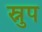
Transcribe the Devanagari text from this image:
स्नुप